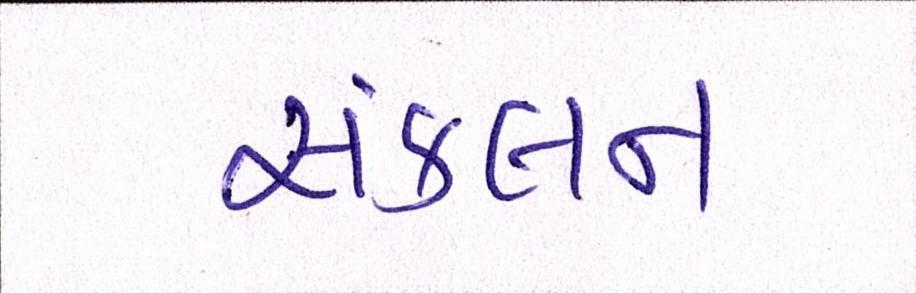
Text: સંકલન